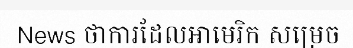
News ថាការដែលអាមេរិក សម្រេច